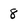
Character: 8